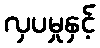
လှပမှုနှင့်